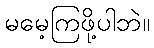
မမေ့ကြဖို့ပါဘဲ။